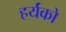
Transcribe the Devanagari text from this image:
हर्यंको